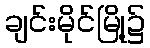
ချင်းမိုင်မြို့၌